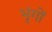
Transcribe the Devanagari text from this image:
भृंगों